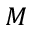
M